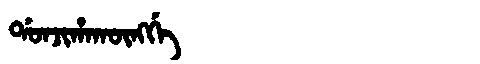
Manchu: ᡩᠣᠨᠵᡳᡥᠠᡴᡡᠩᡤᡝ
Romanization: DONJIHAKŪNGGE